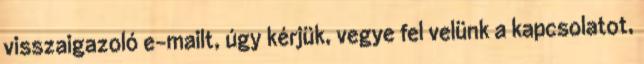
visszaigazoló e-mailt, úgy kérjük, vegye fel velünk a kapcsolatot,